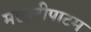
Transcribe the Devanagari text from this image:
मछलीपाटम